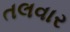
તલવાર